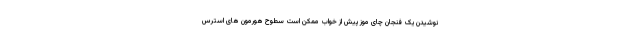
نوشیدن یک فنجان چای موز پیش از خواب ممکن است سطوح هورمون های استرس